Indian journal of veterinary science and animal husbandry - Volumes 15-17, 1948-1951
Year: 1948
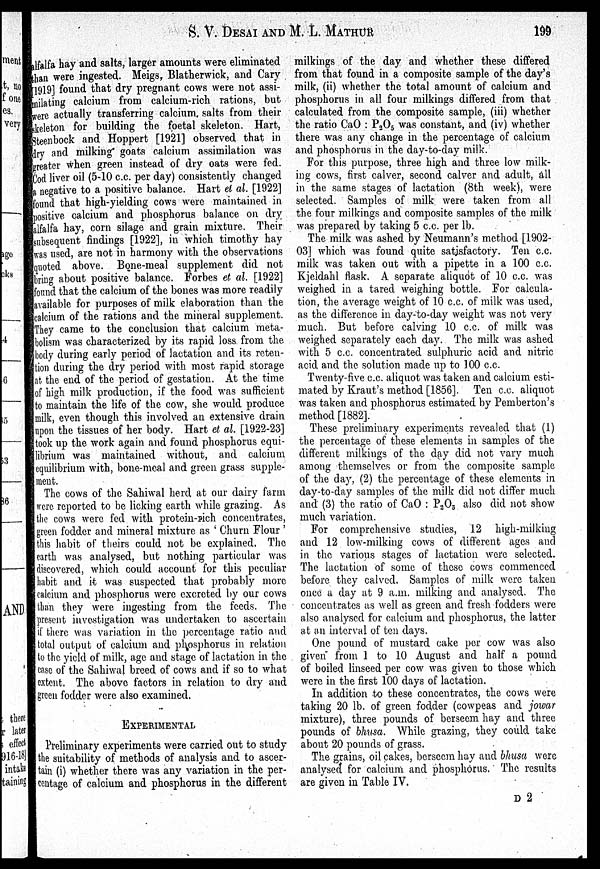
S. V. DESAI AND M. L.
MATHUR
199
alfalfa hay and salts, larger amounts were eliminated
than were ingested. Meigs, Blatherwick, and Cary
[1919] found that dry pregnant cows were not assi-
milating calcium from calcium-rich rations, but
were actually transferring calcium, salts from their
skeleton for building the foetal skeleton. Hart,
Steenbock and Hoppert [1921] observed that in
dry and milking goats calcium assimilation was
greater when green instead of dry oats were fed.
Cod liver oil (5-10 c.c. per day) consistently changed
a negative to a positive balance. Hart el al. [1922]
found that high-yielding cows were maintained in
positive calcium and phosphorus balance on dry
alfalfa hay, corn silage and grain mixture. Their
subsequent findings [1922], in which timothy hay
was used, are not in harmony with the observations
quoted above. Bone-meal supplement did not
bring about positive balance. Forbes et al. [1922]
found that the calcium of the bones was more readily
available for purposes of milk elaboration than the
calcium of the rations and the mineral supplement.
They came to the conclusion that calcium meta-
bolism was characterized by its rapid loss from the
body during early period of lactation and its reten-
tion during the dry period with most rapid storage
at the end of the period of gestation. At the time
of high milk production, if the food was sufficient
to maintain the life of the cow, she would produce
milk, even though this involved an extensive drain
upon the tissues of her body. Hart et al. [1922-23]
took up the work again and found phosphorus equi-
librium was maintained without, and calcium
equilibrium with, bone-meal and green grass supple-
ment.
The cows of the Sahiwal herd at our dairy farm
were reported to be licking earth while grazing. As
the cows were fed with protein-rich concentrates,
green fodder and mineral mixture as 'Churn Flour'
this habit of theirs could not be explained. The
earth was analysed, but nothing particular was
discovered, which could account for this peculiar
habit and it was suspected that probably more
calcium and phosphorus were excreted by our cows
than they were ingesting from the feeds. The
present investigation was undertaken to ascertain
if there was variation in the percentage ratio and
total output of calcium and phosphorus in relation
to the yield of milk, age and stage of lactation in the
case of the Sahiwal breed of cows and if so to what
extent. The above factors in relation to dry and
green fodder were also examined.
EXPERIMENTAL
Preliminary experiments were carried out to study
the suitability of methods of analysis and to ascer-
tain (i) whether there was any variation in the per-
centage of calcium and phosphorus in the different
milkings of the day and whether these differed
from that found in a composite sample of the day's
milk, (ii) whether the total amount of calcium and
phosphorus in all four milkings differed from that
calculated from the composite sample, (iii) whether
the ratio CaO : P 2 O 5 was constant, and (iv) whether
there was any change in the percentage of calcium
and phosphorus in the day-to-day milk.
For this purpose, three high and three low milk-
ing cows, first calver, second calver and adult, all
in the same stages of lactation (8th week), were
selected. Samples of milk were taken from all
the four milkings and composite samples of the milk
was prepared by taking 5 c.c. per lb.
The milk was ashed by Neumann's method [1902-
03] which was found quite satisfactory. Ten c.c.
milk was taken out with a pipette in a 100 c.c.
Kjeldahl flask. A separate aliquot of 10 c.c. was
weighed in a tared weighing bottle. For calcula-
tion, the average weight of 10 c.c. of milk was used,
as the difference in day-to-day weight was not very
much. But before calving 10 c.c. of milk was
weighed separately each day. The milk was ashed
with 5 c.c. concentrated sulphuric acid and nitric
acid and the solution made up to 100 c.c.
Twenty-five c.c. aliquot was taken and calcium esti-
mated by Kraut's method [1856]. Ten c.c. aliquot
was taken and phosphorus estimated by Pemberton's
method [1882].
These preliminary experiments revealed that (1)
the percentage of these elements in samples of the
different milkings of the day did not vary much
among themselves or from the composite sample
of the day, (2) the percentage of these elements in
day-to-day samples of the milk did not differ much
and (3) the ratio of CaO : P 2 O 3 also did not show
much variation.
For comprehensive studies, 12 high-milking
and 12 low-milking cows of different ages and
in the various stages of lactation were selected.
The lactation of some of these cows commenced
before they calved. Samples of milk were taken
once a day at 9 a.m. milking and analysed. The
concentrates as well as green and fresh fodders were
also analysed for calcium and phosphorus, the latter
at an interval of ten days.
One pound of mustard cake per cow was also
given from 1 to 10 August and half a pound
of boiled linseed per cow was given to those which
were in the first 100 days of lactation.
In addition to these concentrates, the cows were
taking 20 lb. of green fodder (cowpeas and jowar
mixture), three pounds of berseem hay and three
pounds of bhusa. While grazing, they could take
about 20 pounds of grass.
The grains, oil cakes, berseem hay and bhusa were
analysed for calcium and phosphorus. The results
are given in Table IV.
D 2